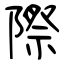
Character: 際